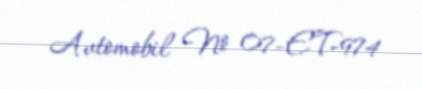
Avtomobil № 07-ET-974